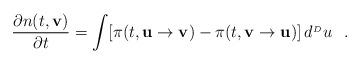
LaTeX: \begin{align*}\frac{\partial n(t,{\bf v})}{\partial t}=\int [\pi(t,{\bf u}\rightarrow {\bf v})-\pi(t,{\bf v} \rightarrow {\bf u})] \, d^{_{^D}} u \ \ .\end{align*}